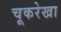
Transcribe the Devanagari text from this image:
चूकरेखा